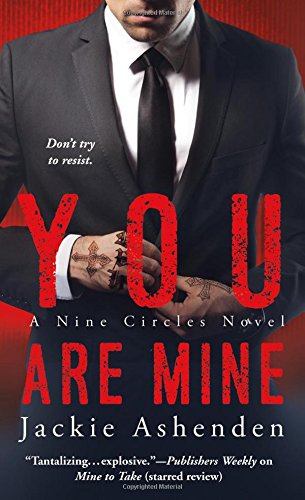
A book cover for You Are Mine (Nine Circles); Jackie Ashenden; Romance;